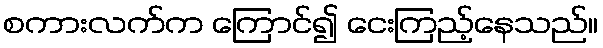
စကားလက်က ကြောင်၍ ငေးကြည့်နေသည်။